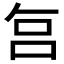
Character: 𠰞